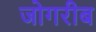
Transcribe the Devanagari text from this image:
जोगरीब